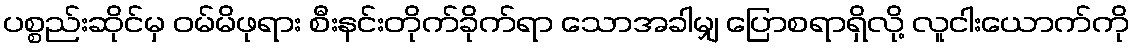
ပစ္စည်းဆိုင်မှ ဝမ်မိဖုရား စီးနင်းတိုက်ခိုက်ရာ သောအခါမျှ ပြောစရာရှိလို့ လူငါးယောက်ကို